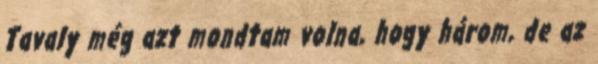
Tavaly még azt mondtam volna, hogy három, de az